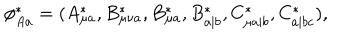
\phi _ { A a } ^ { \ast } = ( A _ { \mu a } ^ { \ast } , B _ { \mu \nu a } ^ { \ast } , B _ { \mu a } ^ { \ast } , B _ { a | b } ^ { \ast } , C _ { \mu a | b } ^ { \ast } , C _ { a | b c } ^ { \ast } ) ,